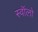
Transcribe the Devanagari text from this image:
स्वॉलो